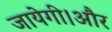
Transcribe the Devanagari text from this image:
जायेगी।और